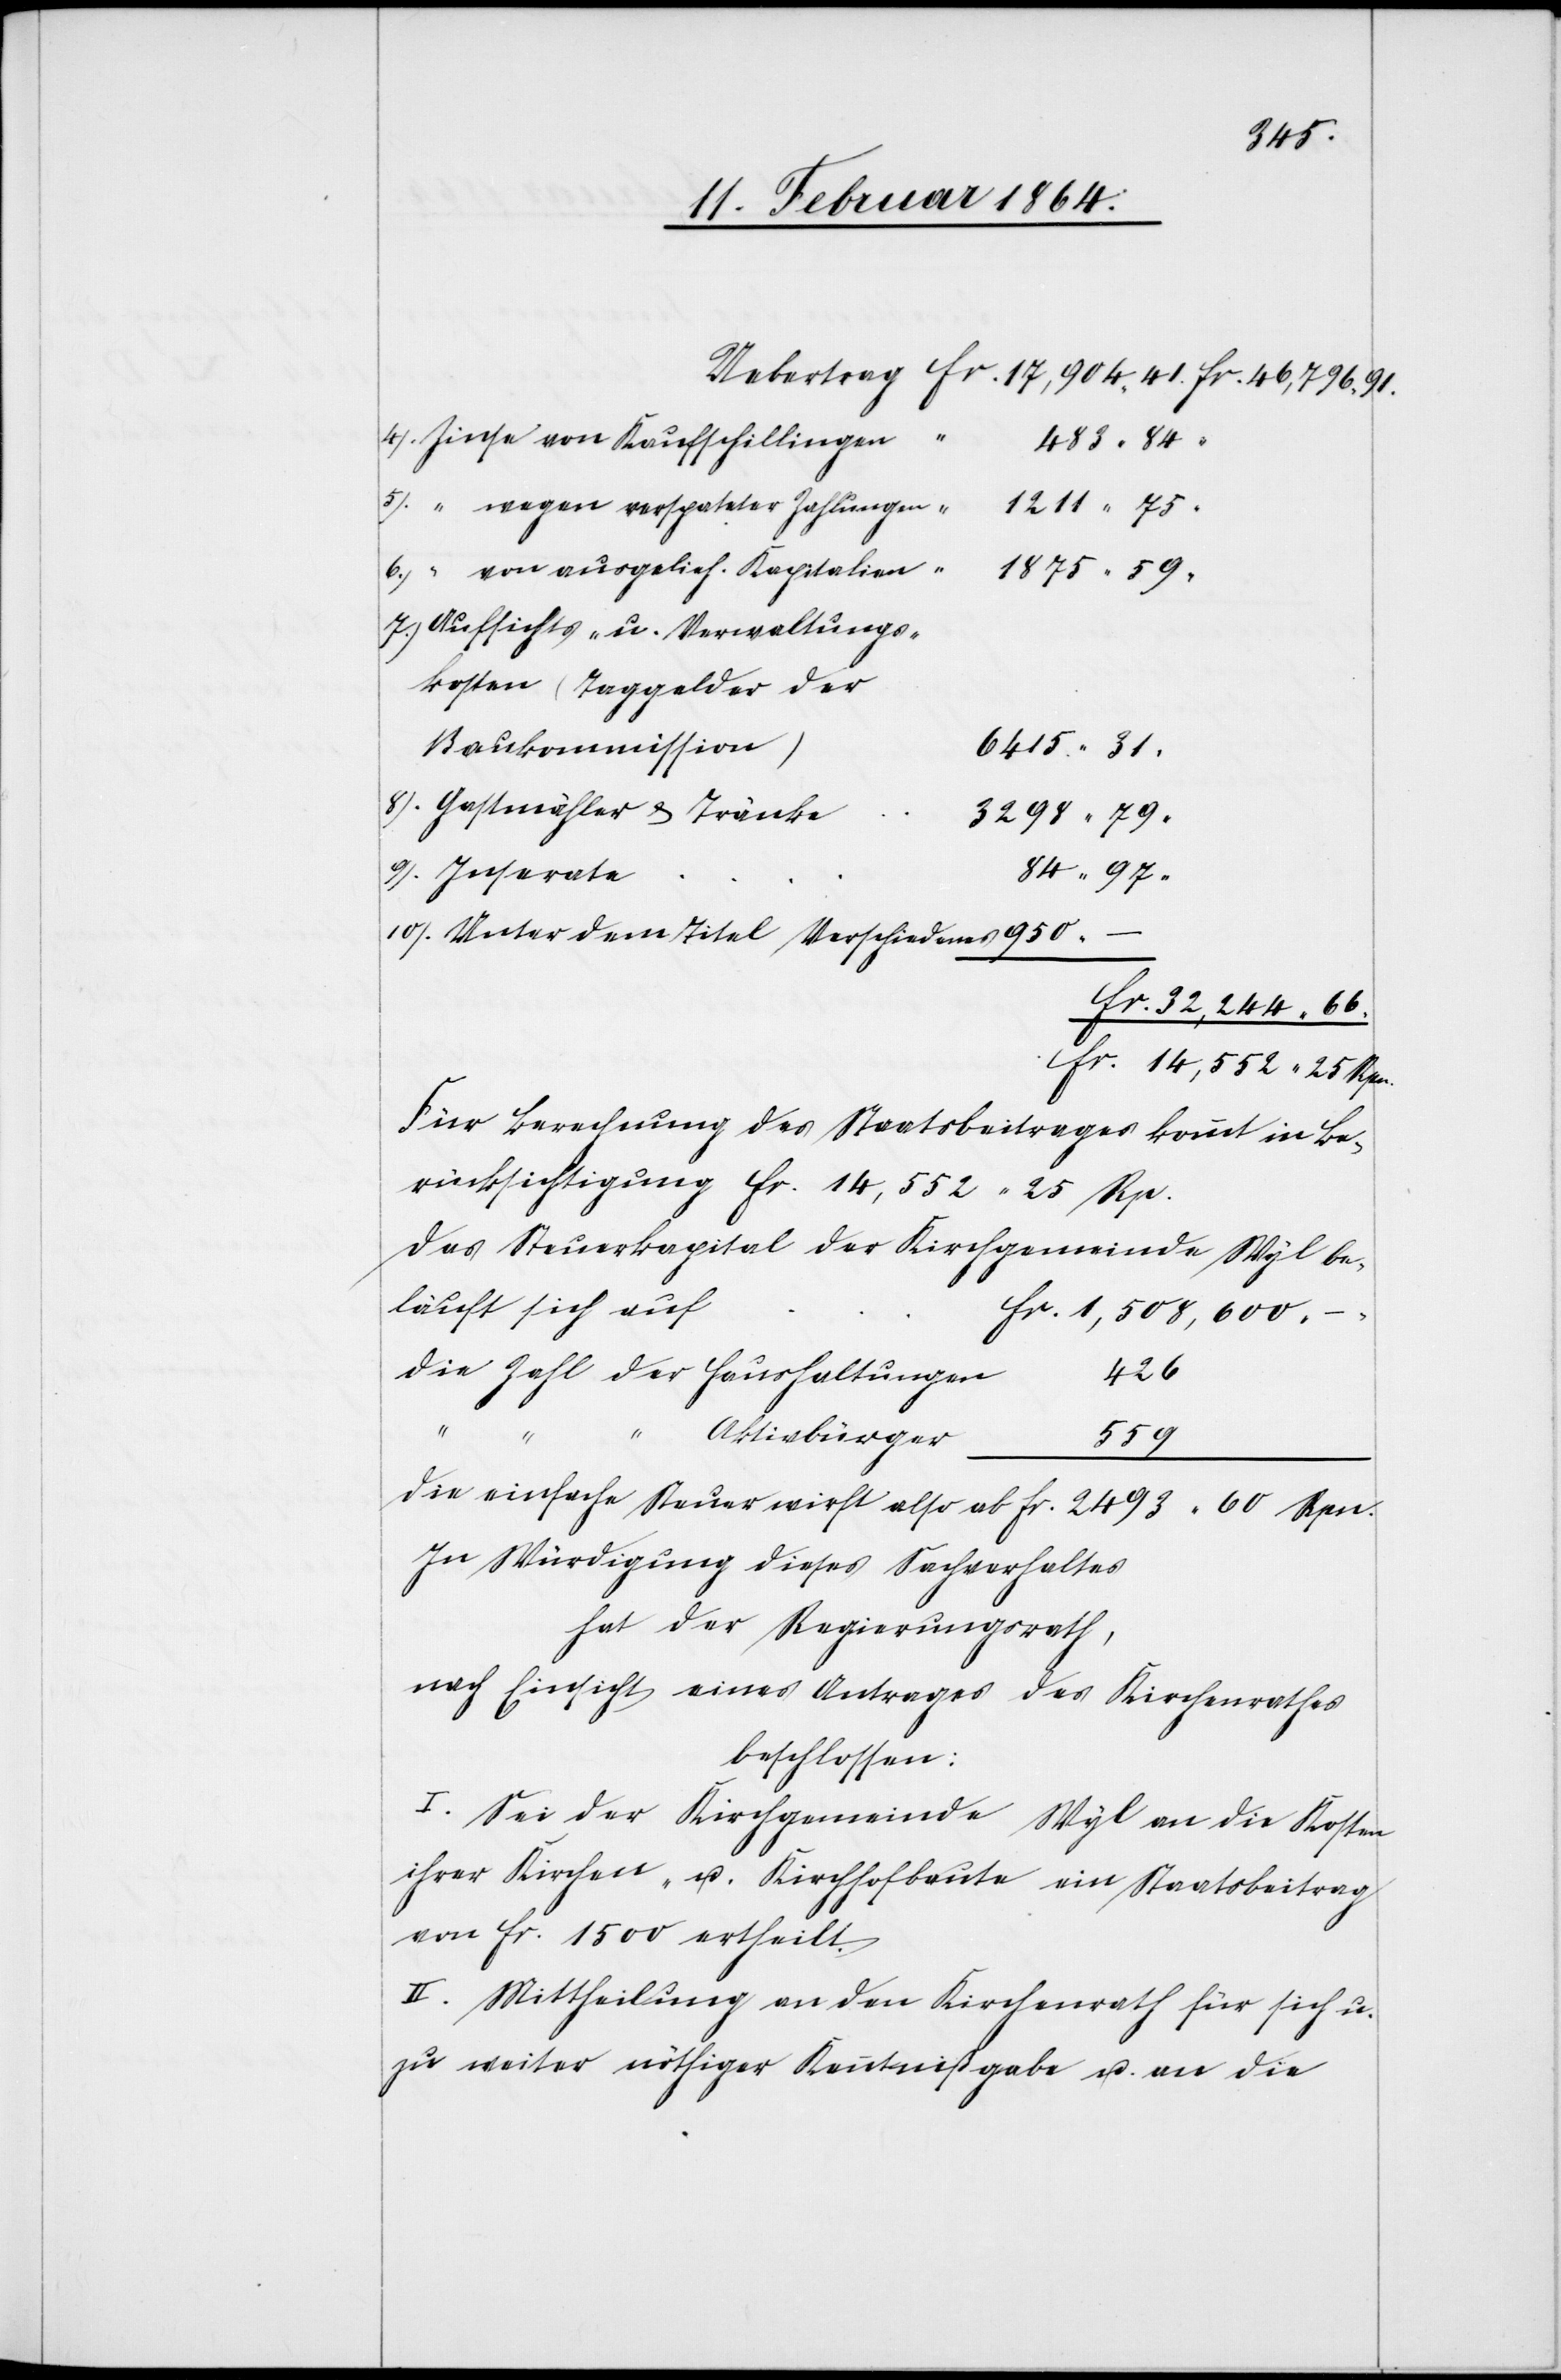
4.) Zinse von Kaufschillingen
483 84
5.) “ wegen verspäteter Zahlungen
1211 75
6.) “ von ausgelieh. Kapitalien
“
1875 59
7.) Aufsichts- u. Verwaltungs¬
kosten (Taggelder der
Baukommission)
6415 31
8.) Gastmähler & Tränke
n
84 97
9.) Inserate
10.) Unter dem Titel Verschiedenes
fr. 32,244 66
fr. 14,552 25 Rpn.
Für Berechnung des Staatsbeitrages kommt in Be¬
rücksichtigung fr. 14,552 25 Rp.
Das Steuerkapital der Kirchgemeinde Wyl be¬
läuft sich au¬
f		fr. 1,508,600
die Zahl der Haushaltunge¬
426
559
Die einfache Steuer wirft also ab fr. 2493 60 Rpn.
In Würdigung dieses Sachverhaltes
hat der Regierungsrath,
nach Einsicht eines Antrages des Kirchenrathes
beschlossen:
I. Sei der Kirchgemeinde Wyl an die Kosten
ihrer Kirchen- u. Kirchhofbaute ein Staatsbeitrag
von fr. 1500 ertheilt.
II. Mittheilung an den Kirchenraath für sich u.
zu weiter nöthiger Kenntnißgabe u. an die